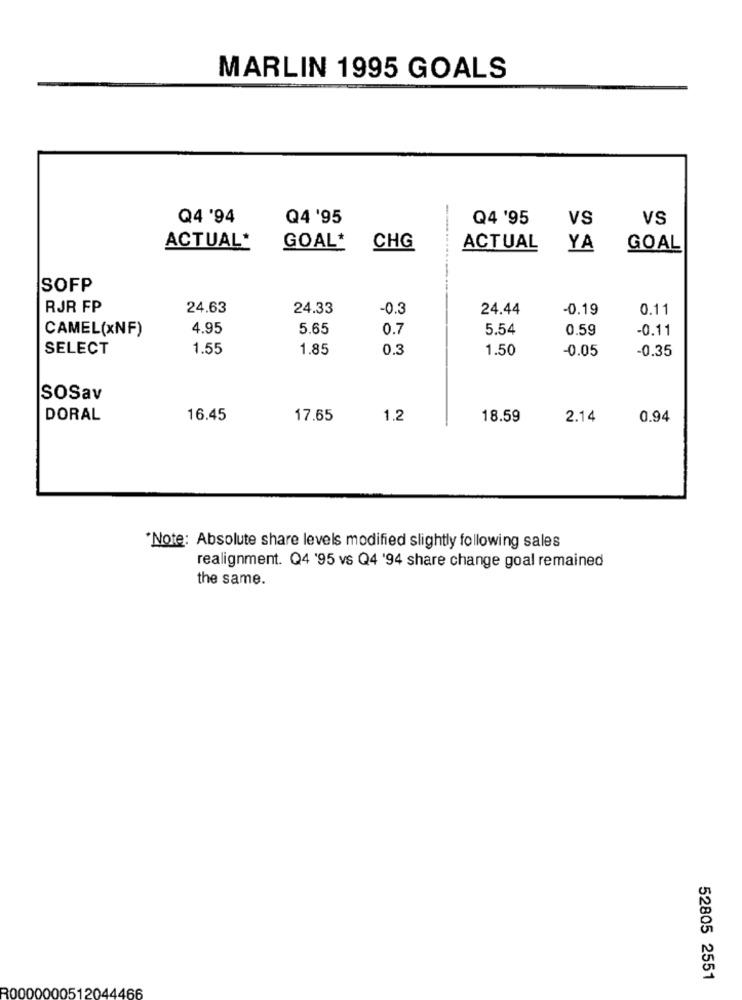
MARLIN 1995 GOALS
Q4 '94
Q4 '95
Q4 '95
VS
VS
ACTUAL*
GOAL* CHG
ACTUAL
YA
GOAL
SOFP
RJR FP
24.63
24.33
-0.3
24.44
-0.19
0.11
CAMEL(xNF)
4.95
5.65
0.7
5.54
0.59
-0.11
SELECT
1.55
1.85
0.3
1.50
-0.05
-0.35
SOSav
DORAL
16.45
17.65
1.2
18.59
2.14
0.94
"Note: Absolute share levels modified slightly following sales
realignment. Q4 '95 vs Q4 '94 share change goal remained
the same.
52805 2551
30000000512044466